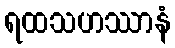
ရထသဟဿာနံ